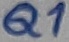
Text: Q1